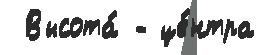
 Высота́ - це́нтра